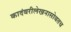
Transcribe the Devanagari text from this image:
कादंबरीलेखनासोबतच